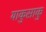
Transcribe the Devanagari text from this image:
याकुसाकु